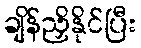
ချိန်ညှိနိုင်ပြီး